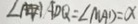
\angle A D Q = \angle M A D = \alpha